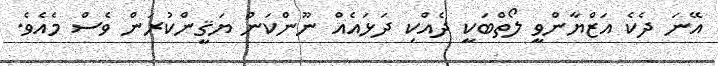
އޭނަ ދެކެ އަޒްޔާންވީ ލޯތްބަކީ ދެއްކި ދަޅައެއް ނޫންކަން ޔަޤީންކުރަން ވެސް މެއެވެ.